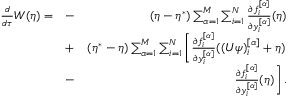
\begin{array} { r l r } { \frac { d } { d \tau } W ( \eta ) = } & { - } & { ( \eta - \eta ^ { * } ) \sum _ { \alpha = 1 } ^ { M } \sum _ { i = 1 } ^ { N } \frac { \partial f _ { i } ^ { [ \alpha ] } } { \partial y _ { i } ^ { [ \alpha ] } } ( \eta ) } \\ & { + } & { ( \eta ^ { * } - \eta ) \sum _ { \alpha = 1 } ^ { M } \sum _ { i = 1 } ^ { N } \left[ \frac { \partial f _ { i } ^ { [ \alpha ] } } { \partial y _ { i } ^ { [ \alpha ] } } ( ( U \psi ) _ { i } ^ { [ \alpha ] } + \eta ) \right. } \\ & { - } & { \left. \frac { \partial f _ { i } ^ { [ \alpha ] } } { \partial y _ { i } ^ { [ \alpha ] } } ( \eta ) \right] . } \end{array}